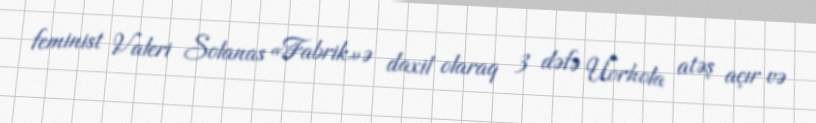
feminist Valeri Solanas «Fabrik»ə daxil olaraq 3 dəfə Uorhola atəş açır və